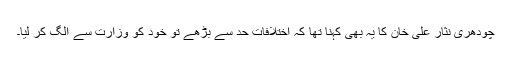
چودھری نثار علی خان کا یہ بھی کہنا تھا کہ اختلافات حد سے بڑھے تو خود کو وزارت سے الگ کر لیا۔